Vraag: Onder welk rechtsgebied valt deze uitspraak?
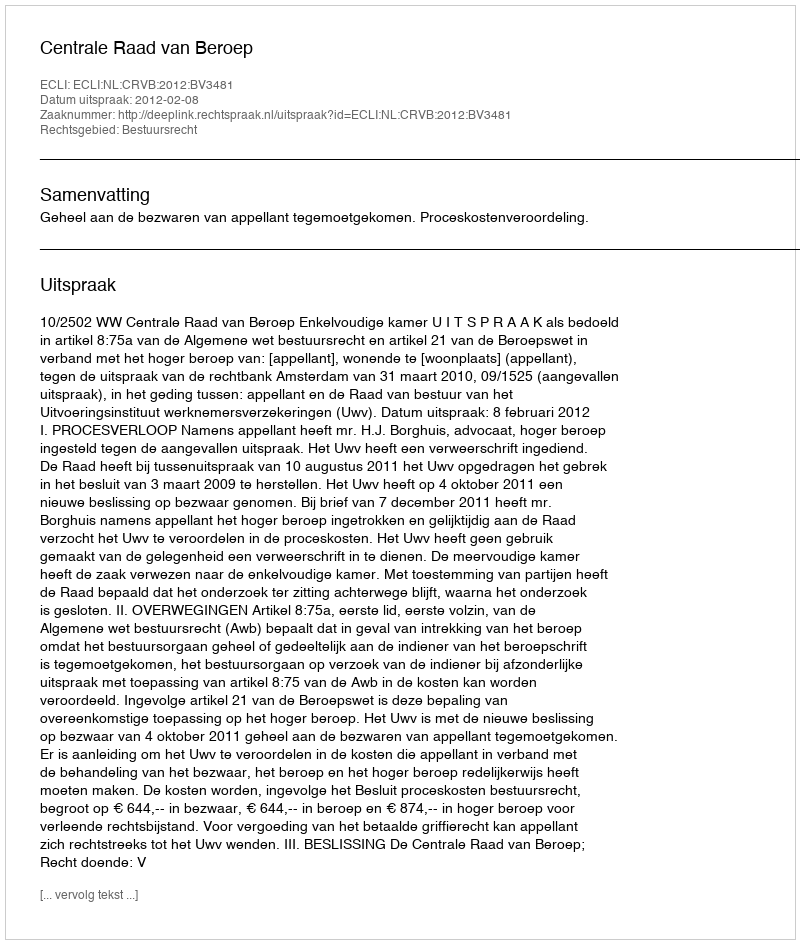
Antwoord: Bestuursrecht